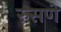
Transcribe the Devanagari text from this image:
रुसणे